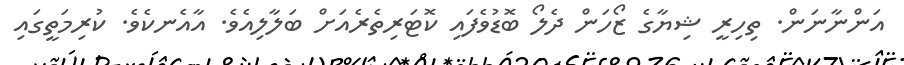
އަންނާނަން. ތިހިރީ ޝިޔާގެ ޒޯހަން ދެލޯ ބޮޑުވެފައި ކޮޓަރިތެރެއަށް ބަލާލިއެވެ. އާއެނކެވެ. ކުރިމަތީގައި